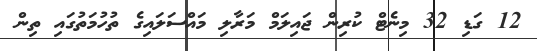
12 ގަޑި 32 މިނެޓް ކުރިން ޖައިލަމް މަރާލި މައްސަލައިގެ ތުހުމަތުގައި ތިން